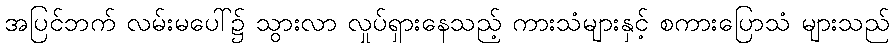
အပြင်ဘက် လမ်းမပေါ်၌ သွားလာ လှုပ်ရှားနေသည့် ကားသံများနှင့် စကားပြောသံ များသည်